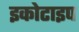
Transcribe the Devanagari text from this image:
इकोटाइप